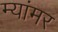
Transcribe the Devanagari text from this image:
म्यांमर